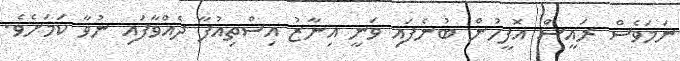
ނަމަވެސް ރައީސް އޮފީހުން ބުނެފައި ވަނީ އިނާޒު އިސްތިއުފާ ދެއްވާފައި ނުވާ ކަމަށެވެ.